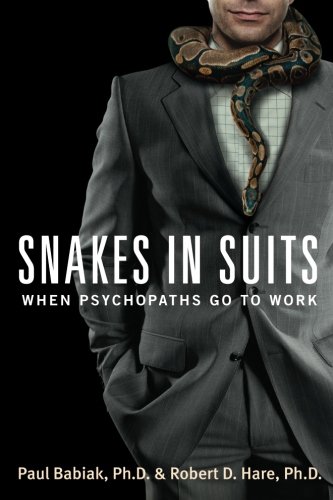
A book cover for Snakes in Suits: When Psychopaths Go to Work; Paul Babiak; Medical Books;